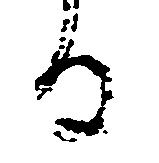
る